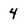
Character: 4